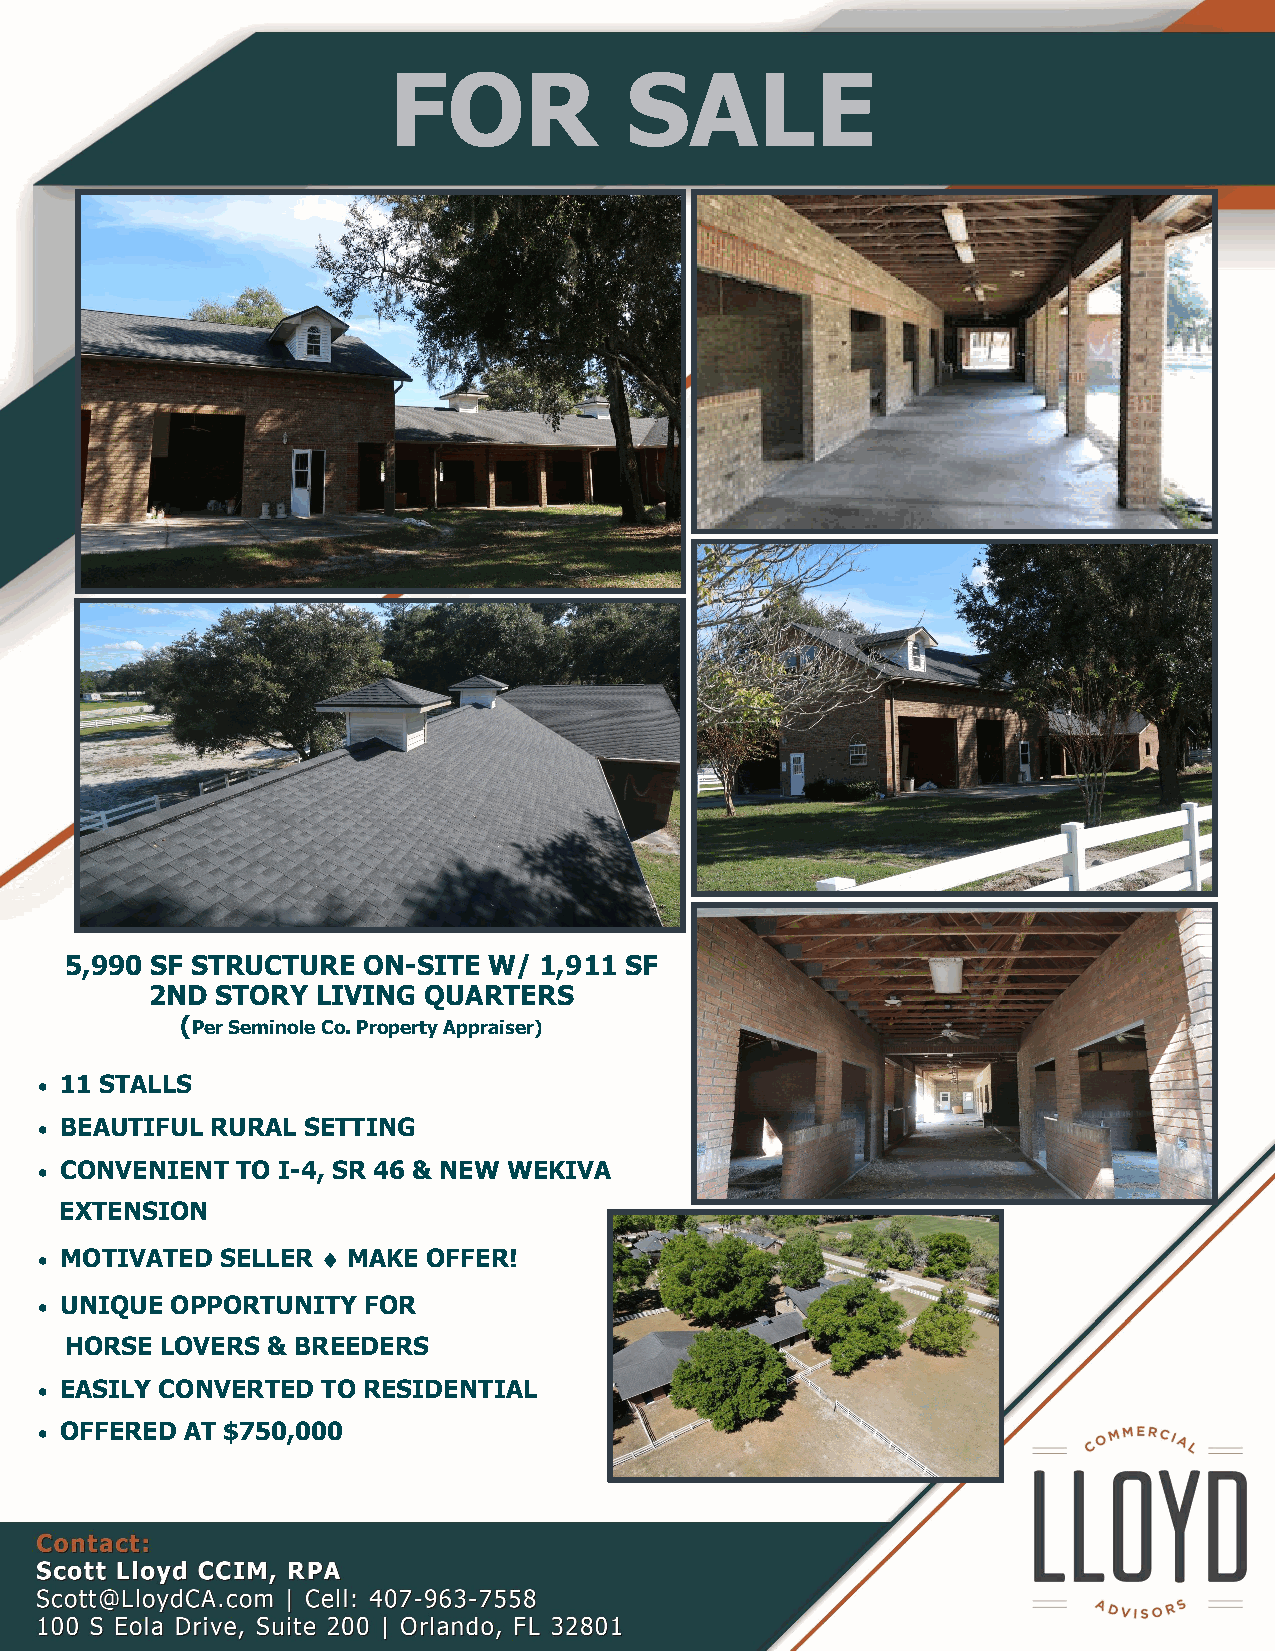
FOR            SALE
 5,990 SF STRUCTURE  ON-SITE W/  1,911 SF
 2ND STORY  LIVING QUARTERS
 (Per Seminole Co. Property Appraiser)
 • 11 STALLS
 • BEAUTIFUL RURAL SETTING
 • CONVENIENT  TO I-4, SR 46 & NEW WEKIVA
 EXTENSION
 • MOTIVATED  SELLER  MAKE OFFER!
 • UNIQUE OPPORTUNITY  FOR
 HORSE  LOVERS & BREEDERS
 • EASILY CONVERTED TO RESIDENTIAL
 • OFFERED AT $750,000